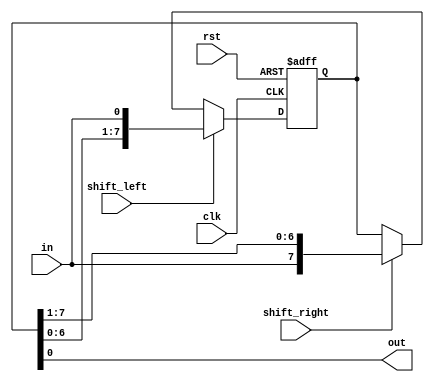
module bidirectional_shift_register (
    input clk,
    input rst,
    input in,
    input shift_left,
    input shift_right,
    output reg out
);

reg [7:0] data;

always @(posedge clk or posedge rst) begin
    if (rst) begin
        data <= 8'b0;
    end else begin
        if (shift_left) begin
            data <= {data[6:0], in};
        end else if (shift_right) begin
            data <= {in, data[7:1]};
        end
    end
end

assign out = data[0];

endmodule